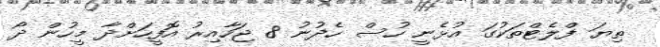
ތިޔަ ފްލެޓްތަކުގަ އުޅެނީ ހުސް ހެދުނު 8 ޖަހާއިރު އޮފީހަށްދާ މީހުން ދޯ